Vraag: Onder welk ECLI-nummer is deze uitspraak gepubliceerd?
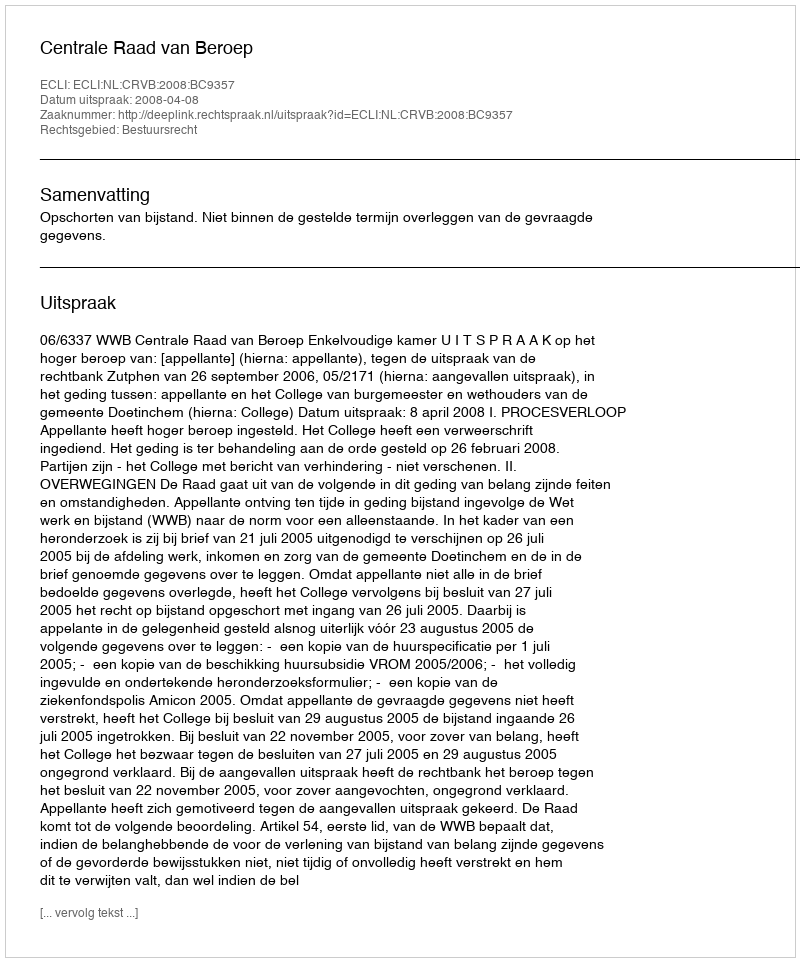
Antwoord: ECLI:NL:CRVB:2008:BC9357